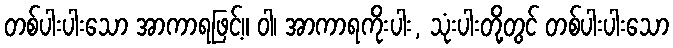
တစ်ပါးပါးသော အာကာရဖြင့်။ ဝါ၊ အာကာရကိုးပါး, သုံးပါးတို့တွင် တစ်ပါးပါးသော